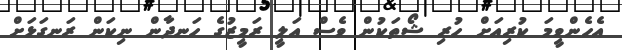
އެހެންވީމަ ކުރިއަށް ހުރި ޝޯތަކުން ވެސް އަލީ ރަމީޒުގެ ހަނދާން ނިކަން ރަނގަޅަށް